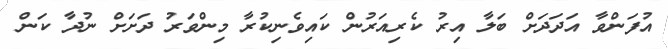
އުފަންވާ އަދަދަށް ބަލާ އިރު ކެރިއަރުން ކައިވެނިކުރާ މިންވަރު ދަށަށް ނުދާ ކަން